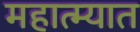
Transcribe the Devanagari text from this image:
महात्म्यात